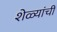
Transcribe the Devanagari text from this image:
शेळ्यांची